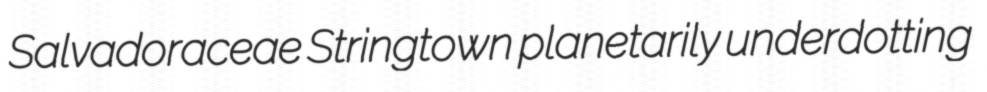
Salvadoraceae Stringtown planetarily underdotting